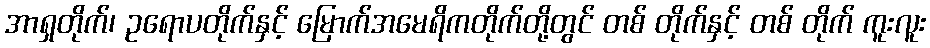
အာရှတိုက်၊ ဥရောပတိုက်နှင့် မြောက်အမေရိကတိုက်တို့တွင် တစ် တိုက်နှင့် တစ် တိုက် ကူးလူး